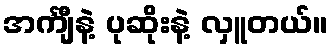
အင်္ကျီနဲ့ ပုဆိုးနဲ့ လှူတယ်။